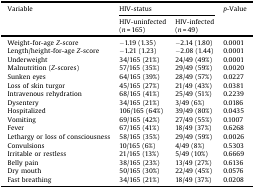
<table><thead><tr><td><b>Variable</b></td><td colspan="2"><b>HIV-status</b></td><td><b><i>p</i>-Value</b></td></tr><tr><td></td><td><b>HIV-uninfected(<i>n</i> = 165)</b></td><td><b>HIV-infected(<i>n</i> = 49)</b></td><td></td></tr></thead><tbody><tr><td>Weight-for-age <i>Z</i>-score</td><td>−1.19 (1.35)</td><td>−2.14 (1.80)</td><td>0.0001</td></tr><tr><td>Length/height-for-age <i>Z</i>-score</td><td>−1.21 (1.23)</td><td>−2.08 (1.44)</td><td>0.0001</td></tr><tr><td>Underweight</td><td>34/165 (21%)</td><td>24/49 (49%)</td><td>0.0001</td></tr><tr><td>Malnutrition (<i>Z</i>-scores)</td><td>57/165 (35%)</td><td>29/49 (59%)</td><td>0.0020</td></tr><tr><td>Sunken eyes</td><td>64/165 (39%)</td><td>28/49 (57%)</td><td>0.0227</td></tr><tr><td>Loss of skin turgor</td><td>45/165 (27%)</td><td>21/49 (43%)</td><td>0.0381</td></tr><tr><td>Intravenous rehydration</td><td>68/165 (41%)</td><td>25/49 (51%)</td><td>0.2239</td></tr><tr><td>Dysentery</td><td>34/165 (21%)</td><td>3/49 (6%)</td><td>0.0186</td></tr><tr><td>Hospitalized</td><td>106/165 (64%)</td><td>39/49 (80%)</td><td>0.0435</td></tr><tr><td>Vomiting</td><td>69/165 (42%)</td><td>27/49 (55%)</td><td>0.1007</td></tr><tr><td>Fever</td><td>67/165 (41%)</td><td>18/49 (37%)</td><td>0.6268</td></tr><tr><td>Lethargy or loss of consciousness</td><td>58/165 (35%)</td><td>29/49 (59%)</td><td>0.0026</td></tr><tr><td>Convulsions</td><td>10/165 (6%)</td><td>4/49 (8%)</td><td>0.5303</td></tr><tr><td>Irritable or restless</td><td>21/165 (13%)</td><td>5/49 (10%)</td><td>0.6669</td></tr><tr><td>Belly pain</td><td>38/165 (23%)</td><td>13/49 (27%)</td><td>0.6136</td></tr><tr><td>Dry mouth</td><td>50/165 (30%)</td><td>22/49 (45%)</td><td>0.0576</td></tr><tr><td>Fast breathing</td><td>34/165 (21%)</td><td>18/49 (37%)</td><td>0.0208</td></tr></tbody></table>